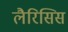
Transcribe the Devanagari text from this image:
लैरिसिस